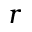
r